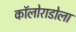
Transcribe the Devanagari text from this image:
कॉलोराडोला